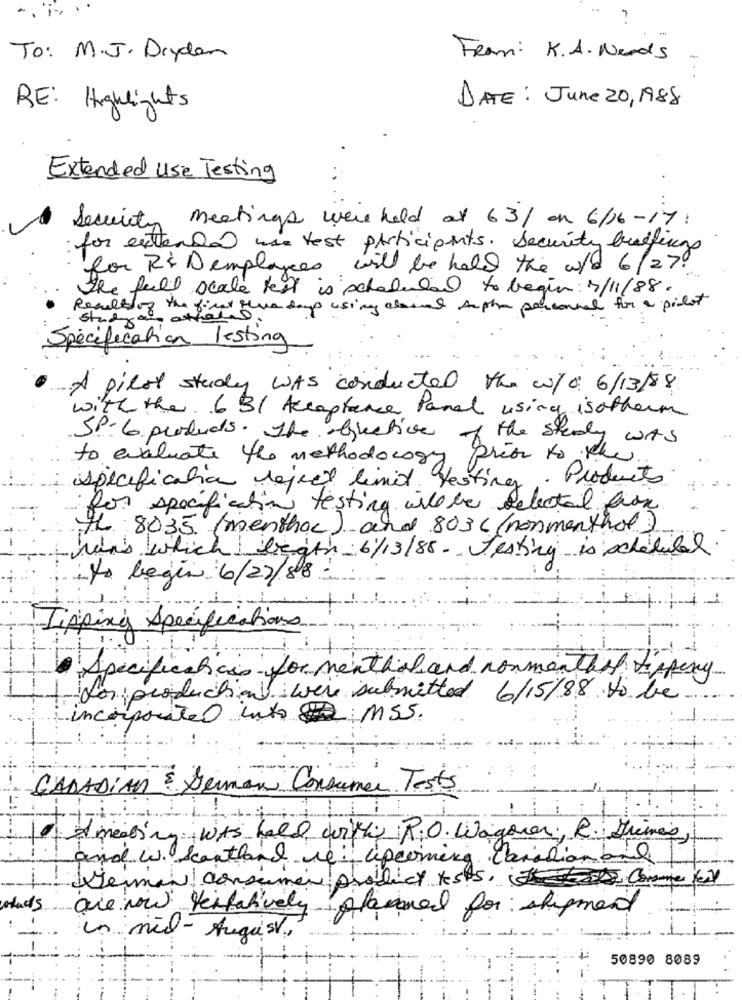
To: M.J. Drydan
From: K.A. Nerds
RE: Highlights
DATE : June 20, 1988
Extended Use Testing
Security meetings were held at 63/ ou 6/16-17:
for extended was test participants. Security buildings
for R& Demployees will be held the w/ 6/27.
The full scale test is scheduled to begin: 3/11/88.
Resultsof the first five days using alosal inthe personnel for a pilot
study of any
Spécification lesting
A pilot study WAS conducted the w/0 6/13/88
with the 631 Acceptance Panel using is otherm
SP. 6 products. The objective of the study was
to evaluate the methodology
prior to the
specificatie reject limit testing. Products
for specifications testing willbe selectail lion
Hh 8035 (menthac) and 8036 (nonmenthol)
- han's which length 6/13/88- testing is scheduled
to begin 6/22/88
Tipping Specifications
Specifications for menthal and nonmenthal Empery
Los production were submitted 6/15/88. to be.
incorporated into ; MSS.
CADADIAN & Deman Consumer Tests
I meeting WAS held with RO. Wagoner, R. Stimes,
and w. Sconthand re: upcoming canadianbal
German consumer proticy tests, It for cone el
are now tentatively
planned for shipmed
un mil - August.
50890 8089